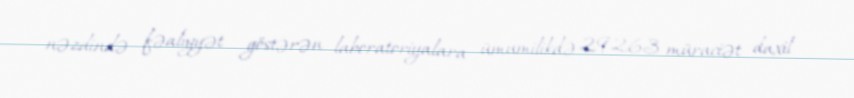
nəzdində fəaliyyət göstərən laboratoriyalara ümumilikdə 29263 müraciət daxil